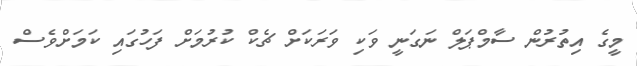
މީގެ އިތުރުން ސާމްޕަލް ނަގަނީ ވަކި ވަރަކަށް ޗެކް ކުރުމަށް ފަހުގައި ކަމަށްވެސް